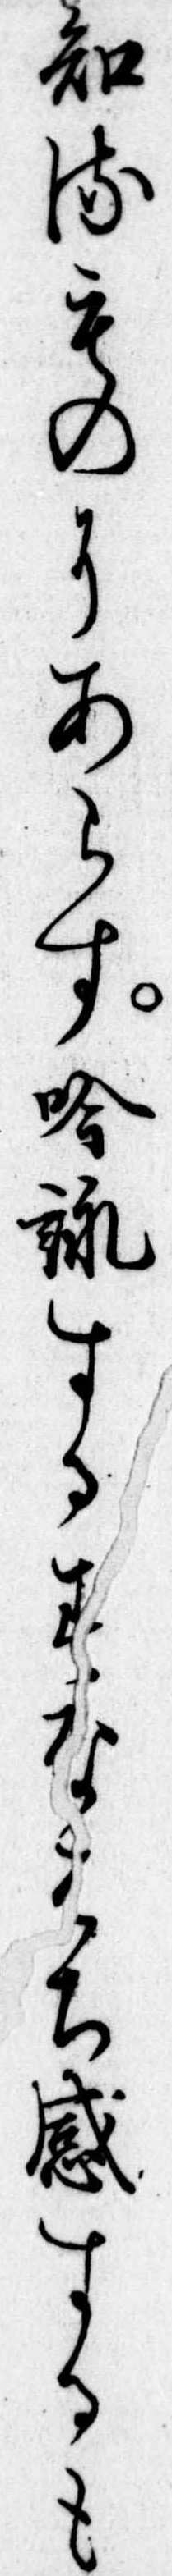
知るものにあらす吟詠するすなはち感するも